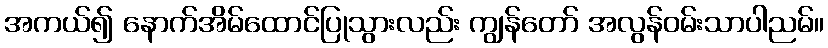
အကယ်၍ နောက်အိမ်ထောင်ပြုသွားလည်း ကျွန်တော် အလွန်ဝမ်းသာပါညမ်။